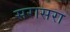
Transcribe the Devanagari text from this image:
सरासरा